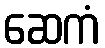
ဆေကံ